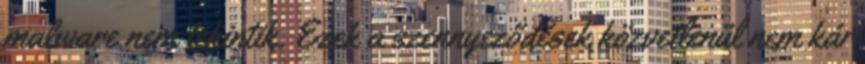
malware nem tekintik. Ezek a szennyeződések közvetlenül nem kár